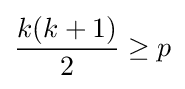
{\frac {k(k+1)}{2}}\geq p